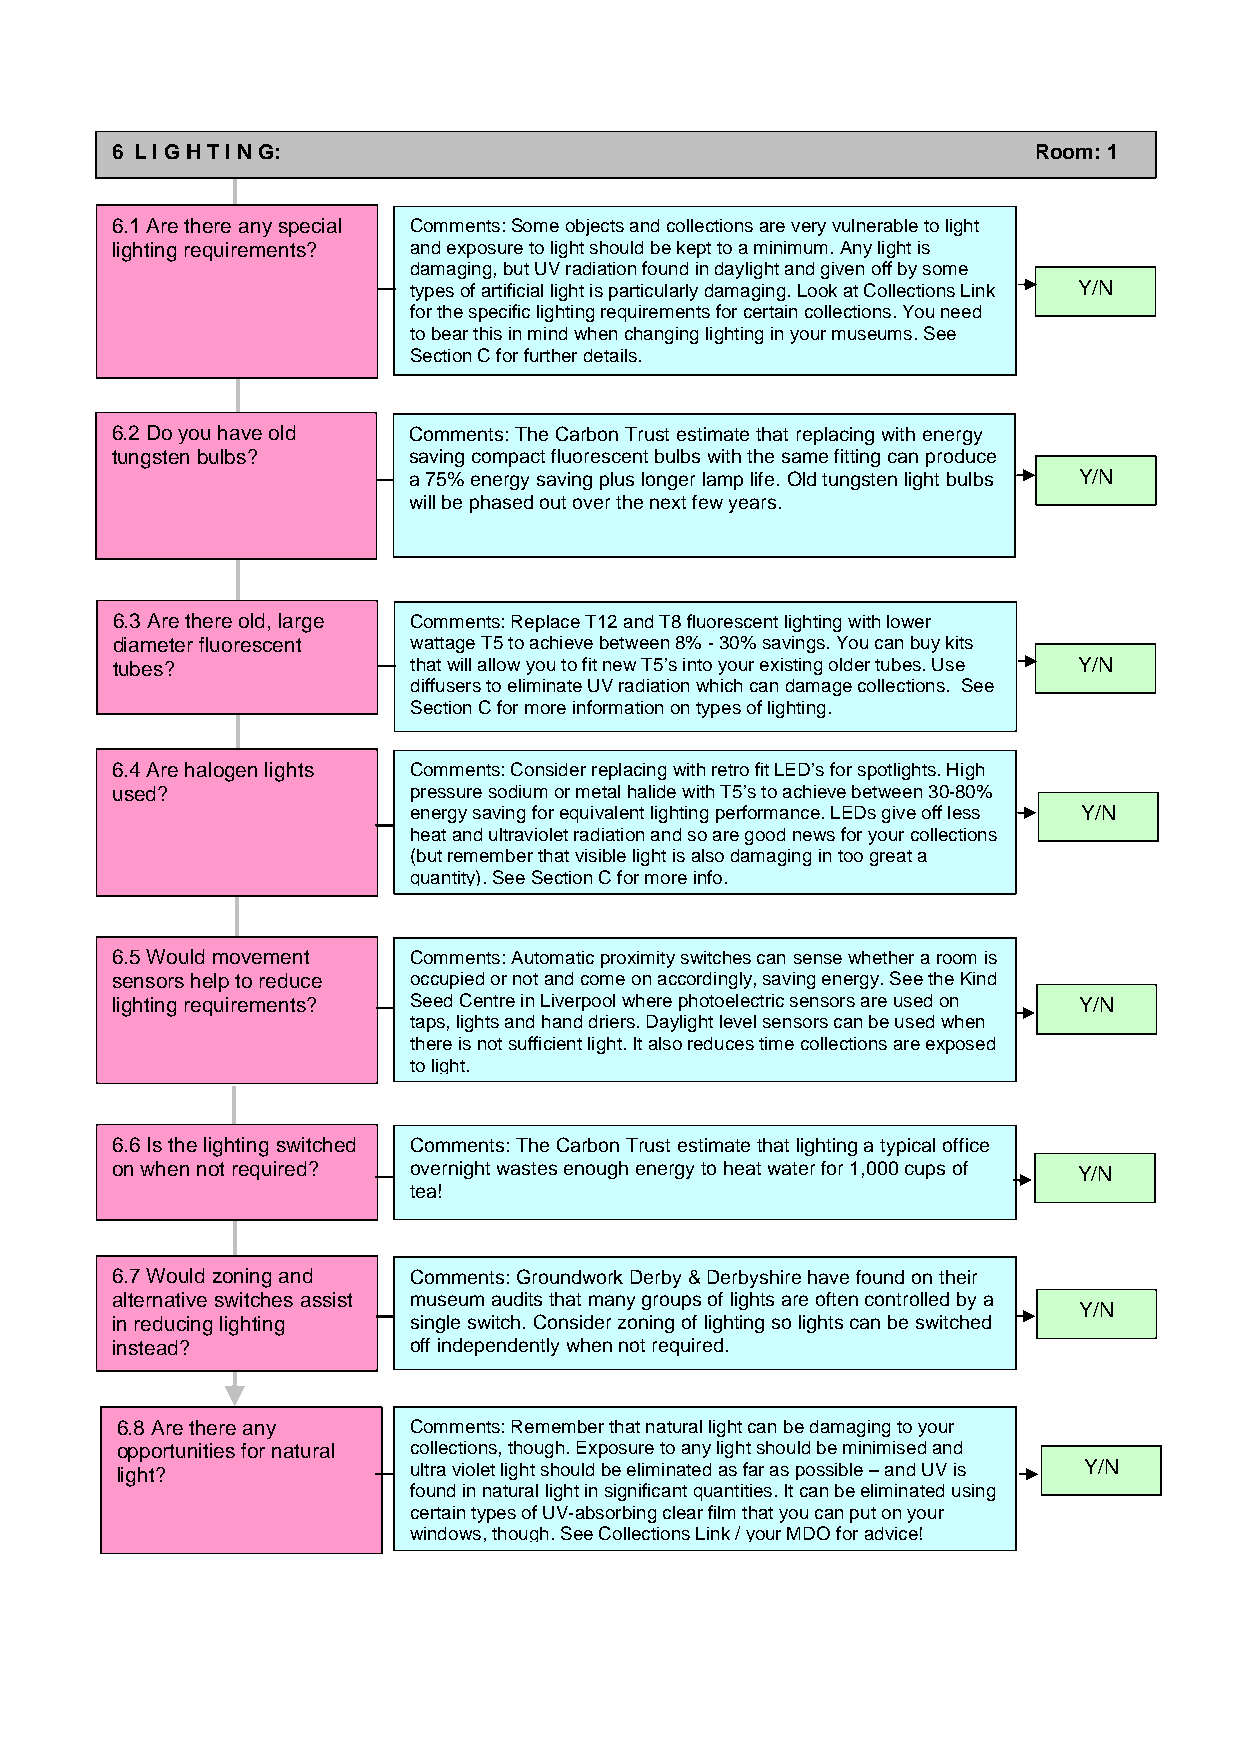
6 L I G H T I N G:                                            Room: 1
 6.1 Are there any special Comments: Some objects and collections are very vulnerable to light
 lighting requirements? and exposure to light should be kept to a minimum. Any light is
 damaging, but UV radiation found in daylight and given off by some
 types of artificial light is particularly damaging. Look at Collections Link Y/N
 for the specific lighting requirements for certain collections. You need
 to bear this in mind when changing lighting in your museums. See
 Section C for further details.
 6.2 Do you have old Comments: The Carbon Trust estimate that replacing with energy
 tungsten bulbs?     saving compact fluorescent bulbs with the same fitting can produce
 a 75% energy saving plus longer lamp life. Old tungsten light bulbs Y/N
 will be phased out over the next few years.
 6.3 Are there old, large Comments: Replace T12 and T8 fluorescent lighting with lower
 diameter fluorescent wattage T5 to achieve between 8% - 30% savings. You can buy kits
 tubes?              that will allow you to fit new T5’s into your existing older tubes. Use Y/N
 diffusers to eliminate UV radiation which can damage collections. See
 Section C for more information on types of lighting.
 6.4 Are halogen lights Comments: Consider replacing with retro fit LED’s for spotlights. High
 used?               pressure sodium or metal halide with T5’s to achieve between 30-80%
 energy saving for equivalent lighting performance. LEDs give off less Y/N
 heat and ultraviolet radiation and so are good news for your collections
 (but remember that visible light is also damaging in too great a
 quantity). See Section Cfor more info.
 6.5 Would movement  Comments: Automatic proximity switches can sense whether a room is
 sensors help to reduce occupied or not and come on accordingly, saving energy. See the Kind
 lighting requirements? Seed Centre in Liverpool where photoelectric sensors are used on Y/N
 taps, lights and hand driers. Daylight level sensors can be used when
 there is not sufficient light. It also reduces time collections are exposed
 to light.
 6.6 Is the lighting switched Comments: The Carbon Trust estimate that lighting a typical office
 on when not required? overnight wastes enough energy to heat water for 1,000 cups of Y/N
 tea!
 6.7 Would zoning and Comments: Groundwork Derby & Derbyshire have found on their
 alternative switches assist museum audits that many groups of lights are often controlled by a
 Y/N
 in reducing lighting single switch. Consider zoning of lighting so lights can be switched
 instead?            off independently when not required.
 6.8 Are there any  Comments: Remember that natural light can be damaging to your
 opportunities for natural collections, though. Exposure to any light should be minimised and
 light?             ultra violet light should be eliminated as far as possible – and UV is Y/N
 found in natural light in significant quantities. It can be eliminated using
 certain types of UV-absorbing clear film that you can put on your
 windows, though. See Collections Link / your MDO for advice!
 6